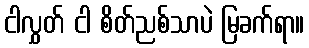
ငါလွှတ် ငါ စိတ်ညစ်သာပဲ မြခက်ရာ။